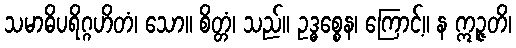
သမာဓိပရိဂ္ဂဟိတံ၊ သော။ စိတ္တံ၊ သည်။ ဥဒ္ဓစ္စေန၊ ကြောင့်။ န ဣဉ္ဇတိ၊